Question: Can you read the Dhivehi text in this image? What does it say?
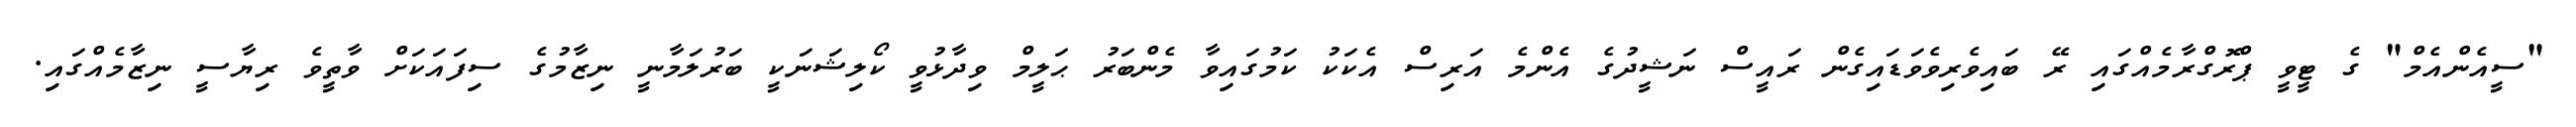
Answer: "ސީއެންއެމް" ގެ ޓީވީ ޕްރޮގްރާމެއްގައި ރޭ ބައިވެރިވެވަޑައިގެން ރައީސް ނަޝީދުގެ އެންމެ އަރިސް އެކަކު ކަމުގައިވާ މެންބަރު ޙަލީމް ވިދާޅުވީ ކޯލިޝަނަކީ ބަރުލަމާނީ ނިޒާމުގެ ސިފައަކަށް ވާތީވެ ރިޔާސީ ނިޒާމެއްގައި.